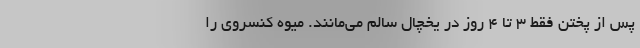
پس از پختن فقط ۳ تا ۴ روز در یخچال سالم می‌مانند. میوه کنسروی را